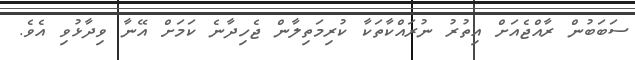
ސަބަބުން ރާއްޖެއަށް އިތުރު ނުރައްކާތަކާ ކުރިމަތިލާން ޖެހިދާނެ ކަމަށް އޭނާ ވިދާޅުވި އެވެ.